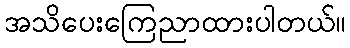
အသိပေးကြေညာထားပါတယ်။